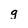
Character: g